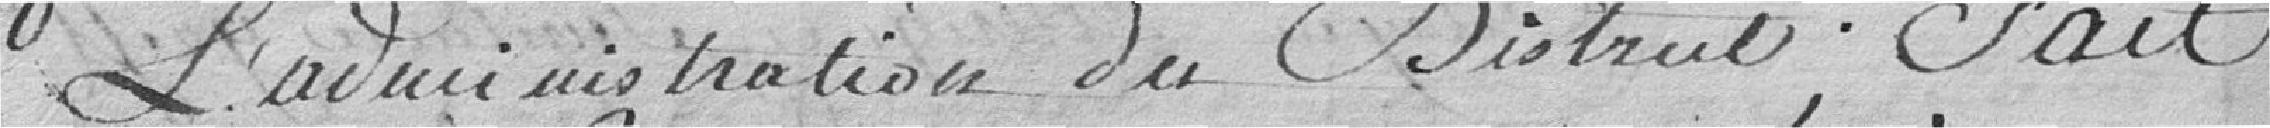
l'administration du district; fait